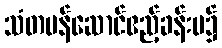
သံတမန်ဆောင်ဧည့်ခန်းမ၌